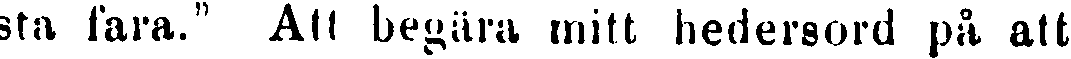
sta fara." Att begära mitt hedersord på att